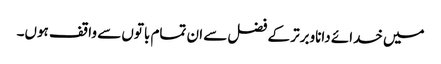
میں خدائے داناوبرتر کے فضل سے ان تمام باتوں سے واقف ہوں۔